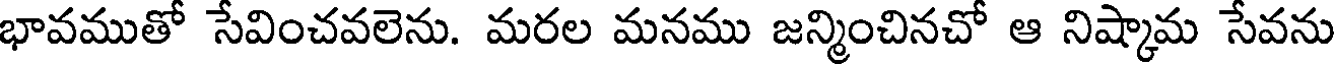
భావముతో సేవించవలెను. మరల మనము జన్మించినచో ఆ నిష్కామ సేవను